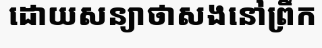
ដោយសន្យាថាសងនៅព្រឹក